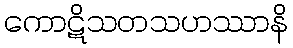
ကောဋိသတသဟဿာနိ